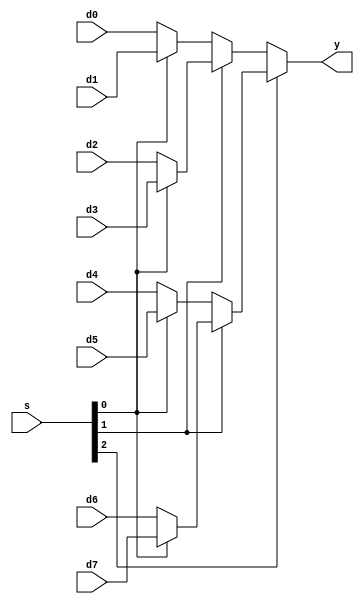
module mux8 #(parameter width = 32)(
	input [width-1:0] d0, d1, d2, d3, d4, d5, d6, d7, 
	input [2:0] s, 
	output [width-1:0] y
);

	assign y = s[2] ? (s[1] ? (s[0] ? d7 : d6) : (s[0] ? d5 : d4)) :
							(s[1] ? (s[0] ? d3 : d2) : (s[0] ? d1 : d0));
endmodule